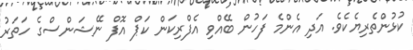
ކުޅުންތެރިޔެކެވެ. އަދި އެންމެ ފަހުން ބޭއްވި އެފްރިކަން ކަޕް އޮފް ނޭޝަންސްގެ ހަތަރު